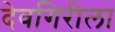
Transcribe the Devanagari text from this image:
देवगिरीला